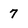
Character: 7